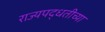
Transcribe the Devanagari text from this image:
राज्यपद्धतीच्या